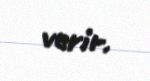
verir.